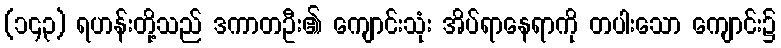
(၁၄၃) ရဟန်းတို့သည် ဒကာတဦး၏ ကျောင်းသုံး အိပ်ရာနေရာကို တပါးသော ကျောင်း၌